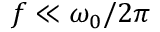
f \ll \omega _ { 0 } / 2 \pi